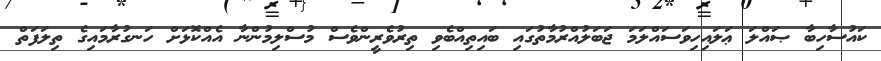
ކައުސާހިބާ ޞައްލަ ޢަލައިހިވަސައްލަމަ ޖަބަލުއްރުމާތުގައި ބައިތިއްބެވި ތިރުވެރީންވެސް މުސްލިމުންނާ އެއްކޮޅަށް ހަނގުރާމައިގެ ތިލަފަތް